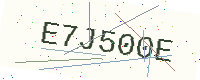
Text: E7J500E